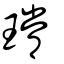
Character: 瑺